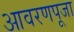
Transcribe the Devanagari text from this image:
आवरणपूजा